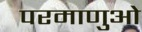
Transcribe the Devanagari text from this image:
परमाणुओ